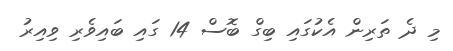
މި ދެ ތަރިން އެކުގައި ބިގް ބޮސް 14 ގައި ބައިވެރި ވިއިރު